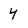
Character: 4